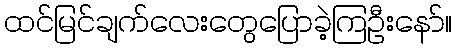
ထင်မြင်ချက်လေးတွေပြောခဲ့ကြဦးနော်။